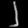
Digit: ၂